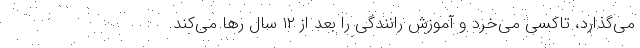
می‌گذارد، تاکسی می‌خرد و آموزش رانندگی را بعد از ۱۲ سال رها می‌کند.